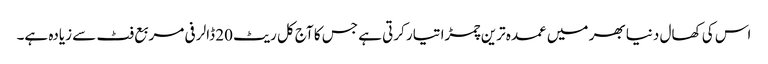
اس کی کھال دنیا بھر میں عمدہ ترین چمڑا تیار کرتی ہے جس کا آج کل ریٹ 20 ڈالر فی مربع فٹ سے زیادہ ہے۔